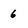
Character: 6